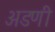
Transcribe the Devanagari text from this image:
अडणी